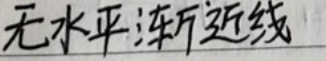
无水平渐近线